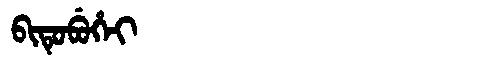
Manchu: ᠪᡳᡨᡠᠪᡠᡥᡝᡳ
Romanization: BITUBUHEI